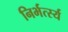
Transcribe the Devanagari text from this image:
निर्भर्त्स्य